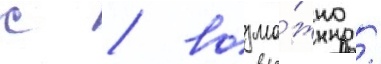
с / возмо́жно /